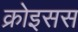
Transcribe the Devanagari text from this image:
क्रोइसस